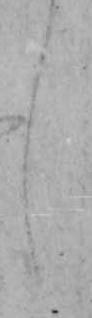
し